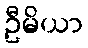
ဦမိယာ